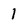
Character: 1